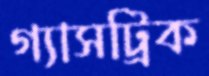
গ্যাসট্রিক